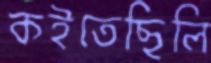
কইতেছিলি